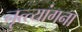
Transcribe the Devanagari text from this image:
नृत्त्यांगना